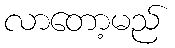
လာတော့မည်